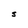
Character: S